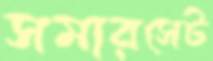
সমারসেট